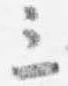
三